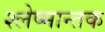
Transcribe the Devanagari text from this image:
श्‍लेष्मान्तक